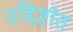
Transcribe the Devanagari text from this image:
उद्दिष्टांत